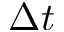
\Delta t